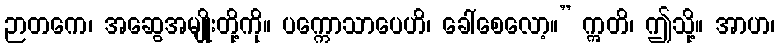
ဉာတကေ၊ အဆွေအမျိုးတို့ကို။ ပက္ကောသာပေဟိ၊ ခေါ်စေလော့။” ဣတိ၊ ဤသို့။ အာဟ၊